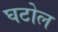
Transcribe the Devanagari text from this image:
घटोल